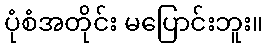
ပုံစံအတိုင်း မပြောင်းဘူး။